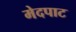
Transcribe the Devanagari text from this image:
मेदपाट